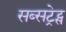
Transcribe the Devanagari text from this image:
सब्सट्रेट्स